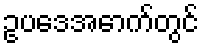
ဥပဒေအောက်တွင်